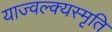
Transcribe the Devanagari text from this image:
याज्‍वल्क्यस्मृति